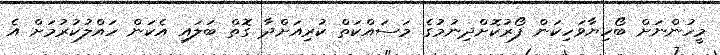
މީހުންނަށް ބޯހިޔާވަހިކަން ފޯރުކޮށްދިނުމުގެ މަސައްކަތް ކުރިއަށްދާ ގޮތް ބަލައި އެކަން ހައްލުކުރުމަށް އެ